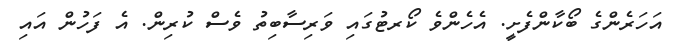
އަހަރެންގެ ބޯކާންފެށީ. އެހެންވެ ކޯރޓުގައި ވަރިސާބިތު ވެސް ކުރިން. އެ ފަހުން އައި